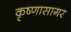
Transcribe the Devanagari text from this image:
कृष्णासागर